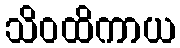
သိဝထိကာယ